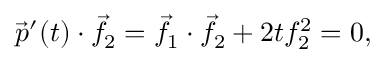
{ \vec { p } } ^ { \prime } ( t ) \cdot { \vec { f } } _ { 2 } = { \vec { f } } _ { 1 } \cdot { \vec { f } } _ { 2 } + 2 t f _ { 2 } ^ { 2 } = 0 ,